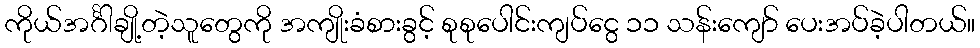
ကိုယ်အင်္ဂါချို့တဲ့သူတွေကို အကျိုးခံစားခွင့် စုစုပေါင်းကျပ်ငွေ ၁၁ သန်းကျော် ပေးအပ်ခဲ့ပါတယ်။